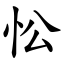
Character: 忪